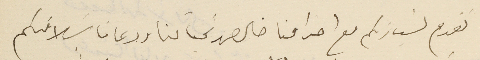
نقدم لسَيادتكم مع احترامنا خالص تحياتنا ودعانا بسَلامتكم